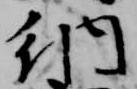
納